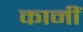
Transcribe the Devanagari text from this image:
कानीं